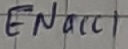
Text: ENacc1